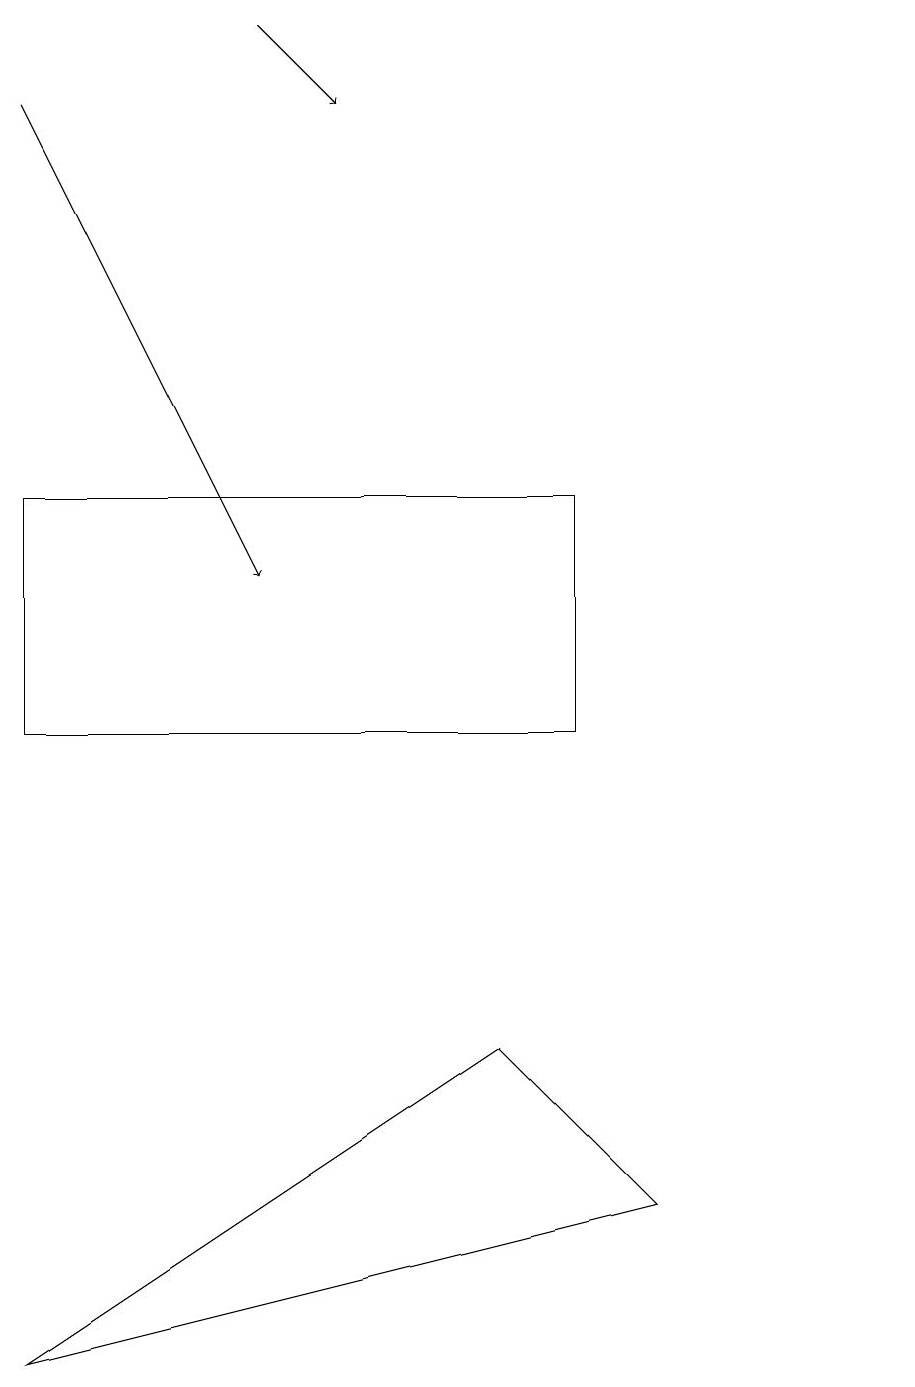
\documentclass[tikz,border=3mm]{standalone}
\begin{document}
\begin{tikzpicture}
\draw[->] (3,19) -- (4,18);
\draw[->] (0,18) -- (3,12);
\draw (6,6) -- (8,4) -- (0,2) -- cycle;
\draw (7,10) rectangle (0,13);
\draw (11,12) circle (0);
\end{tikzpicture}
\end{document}